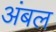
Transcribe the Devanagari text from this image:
अंबल